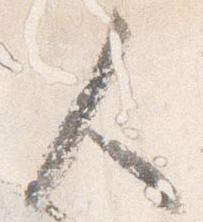
人